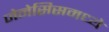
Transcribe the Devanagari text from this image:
जेनेसिसमध्ये